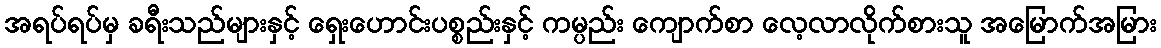
အရပ်ရပ်မှ ခရီးသည်များနှင့် ရှေးဟောင်းပစ္စည်းနှင့် ကမ္ပည်း ကျောက်စာ လေ့လာလိုက်စားသူ အမြောက်အမြား